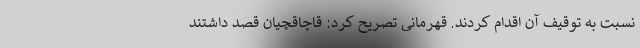
نسبت به توقیف آن اقدام کردند. قهرمانی تصریح کرد: قاچاقچیان قصد داشتند